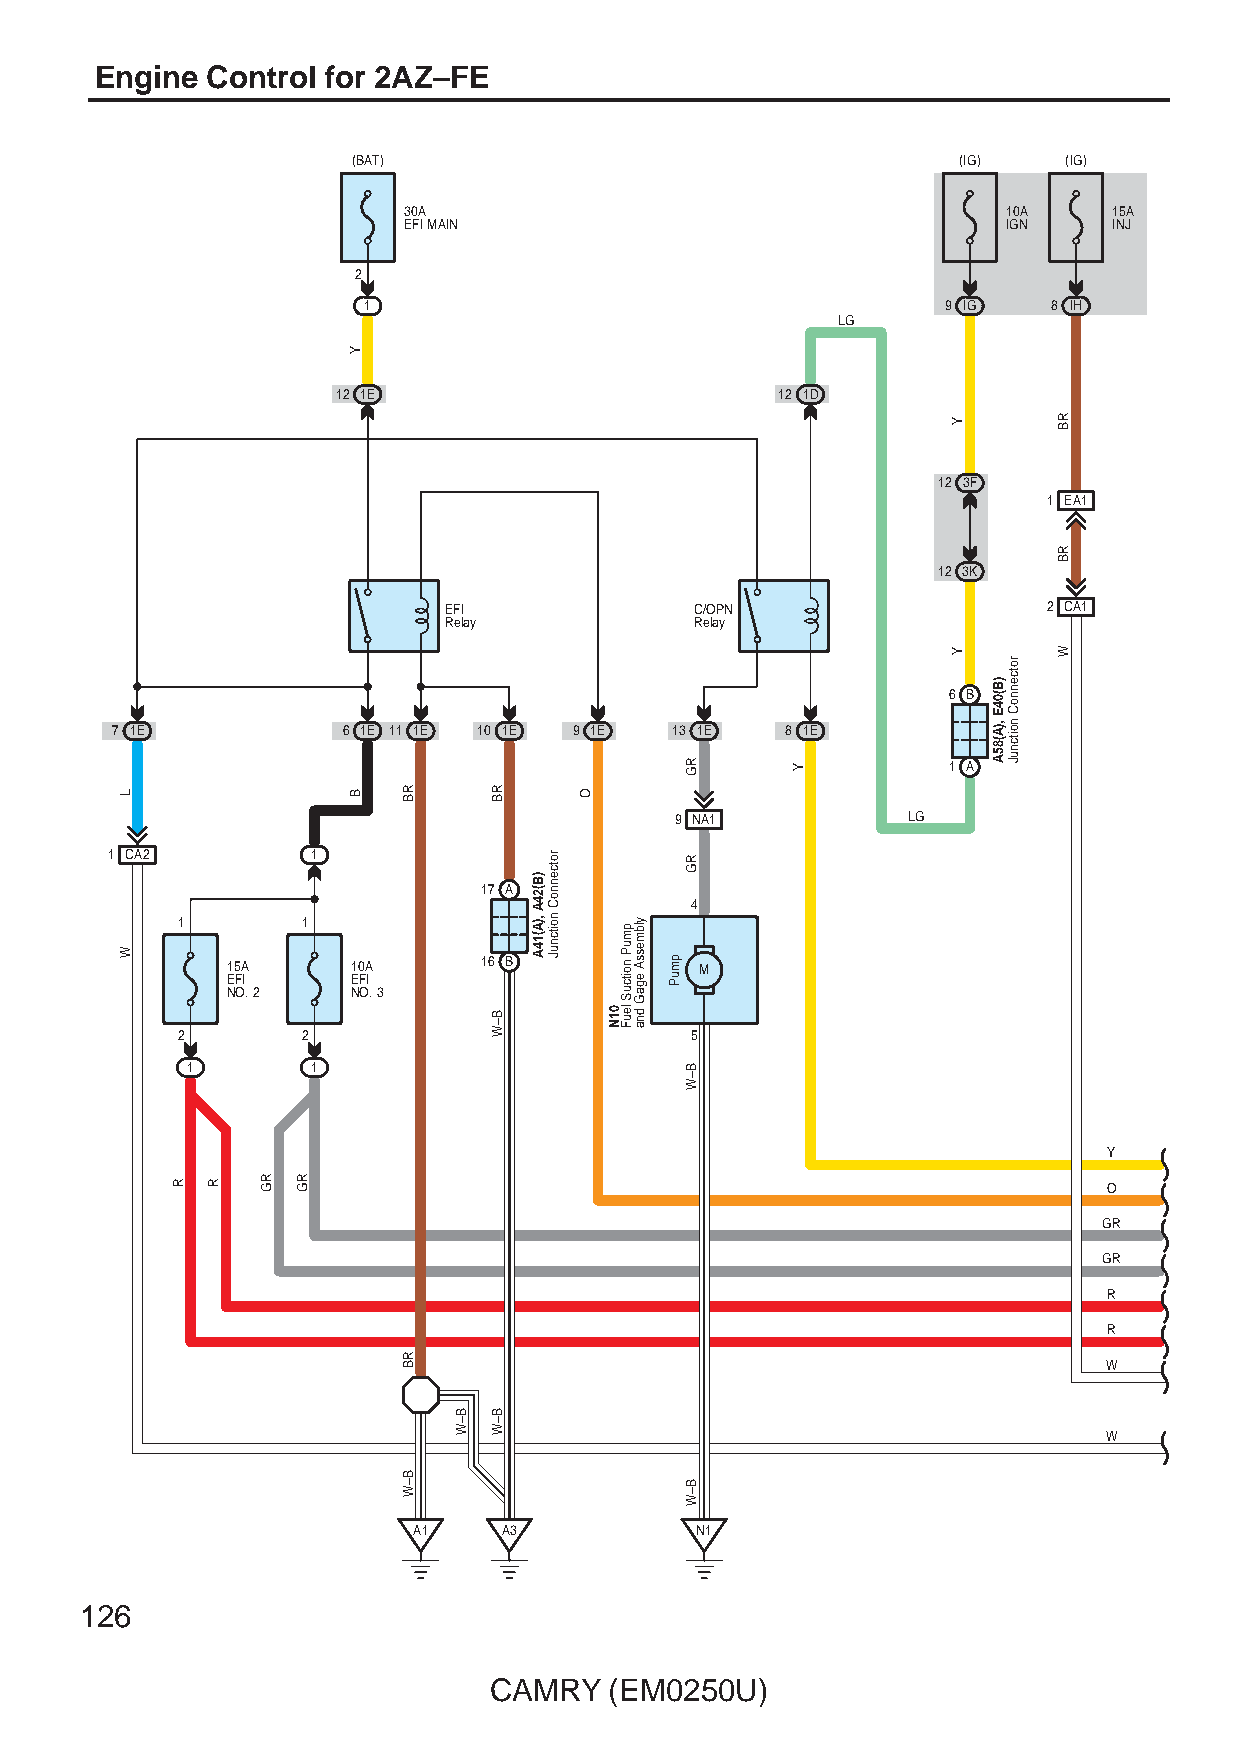
Engine  Control for 2AZ–FE
 (BAT)                                   (IG)    (IG)
 30A                                     10A    15A
 EFI MAIN                                IGN    INJ
 2
 1                                      9 IG   8 IH
 LG
 12 1E                         12 1D
 12 3F
 1 EA1
 12 3K
 EFI              C/OPN                  2 CA1
 Relay            Relay
 6 B
 7 1E            6 1E 11 1E 10 1E 9 1E 13 1E  8 1E
 1 A
 9 NA1          LG
 1 CA2         1
 17 A
 4
 1       1
 15A     10A      16 B          M
 EFI     EFI
 NO. 2   NO. 3
 2       2                         5
 1        1
 Y
 O
 GR
 GR
 R
 R
 W
 W
 A1    A3           N1
 126
 CAMRY   (EM0250U)
 L
 W
 R  R  RG RG
 Y
 B   RB
 RB
 B–W
 B–W
 RB
 B–W
 B–W
 )B(24A
 ,)A(14A
 rotcennoC
 noitcnuJ
 O
 01N
 pmuP
 noitcuS
 leuF
 ylbmessA
 egaG
 dna
 pmuP
 RG
 RG
 B–W
 B–W
 Y
 Y
 Y
 )B(04E
 ,)A(85A
 rotcennoC
 noitcnuJ
 RB
 RB
 W